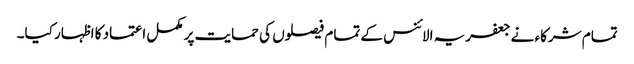
تمام شرکاء نے جعفریہ الائنس کے تمام فیصلوں کی حمایت پر مکمل اعتماد کا اظہار کیا۔